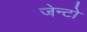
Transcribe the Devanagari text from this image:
जेन्टो